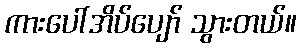
ကားပေါ်အိပ်ပျော် သွားတယ်။